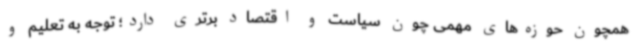
همچون حوزه‌های مهمی چون سیاست و اقتصاد برتری دارد؛ توجه به تعلیم و